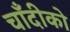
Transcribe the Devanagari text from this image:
चाँदीको